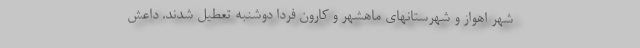
شهر اهواز و شهرستانهای ماهشهر و کارون فردا دوشنبه تعطیل شدند. داعش